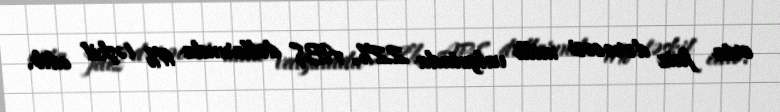
orta faiz dərəcəsi milli valyutada 22%, ABŞ dollarında 11% təşkil edib.